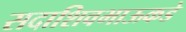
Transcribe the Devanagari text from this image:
सदाशिवभाऊकडे